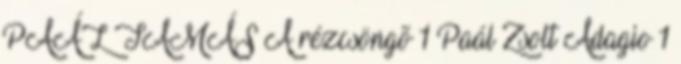
PAÁL TAMÁS A rézcsöngõ 1 Paál Zsolt Adagio 1